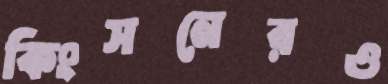
কিংসনেরও